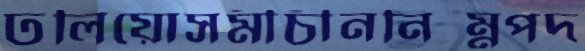
ঢলিয়োসমীচীননিম্নপদ